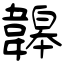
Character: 韟